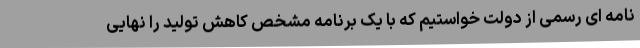
نامه ای رسمی از دولت خواستیم که با یک برنامه مشخص کاهش تولید را نهایی